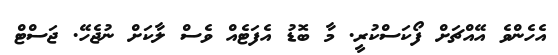
އެހެންވެ އޭއްޗަށް ފޯކަސްކުރީ. މާ ބޮޑު އެފަޓެއް ވެސް ލާކަށް ނުޖެހޭ. ޖަސްޓް